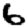
Digit: 6